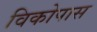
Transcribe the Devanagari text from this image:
विकोपास